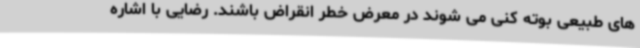
های طبیعی بوته کنی می شوند در معرض خطر انقراض باشند. رضایی با اشاره